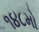
૧૪૮મો